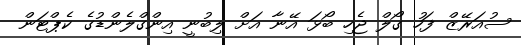
ސުއަރޭޒް ފަހު ގޯލް ޖެހި ބޯޅަ އޭނާ އަށް ލިބުނީ އިންގްލެންޑުގެ ކެޕްޓަން